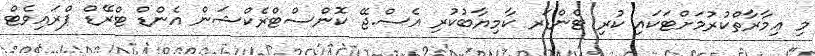
މި ޢިމާރާތްކުރުމަށްޓަކައި ކުރި ޓެންޑަރ ކާމިޔާބުކުރި އެސް.ޖޭ ކޮންސްޓްރެކްޝަން އެންޑް ޓްރޭޑް ޕްރައިވެޓް